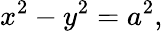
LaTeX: x^{2}-y^{2}=a^{2},